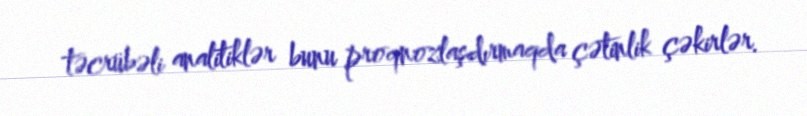
təcrübəli analitiklər bunu proqnozlaşdırmaqda çətinlik çəkirlər.